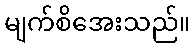
မျက်စိအေးသည်။